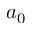
a _ { 0 }